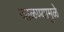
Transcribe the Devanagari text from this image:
जाळण्यामुळे